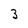
Character: 3